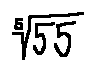
\sqrt [ 5 ] { 5 5 }